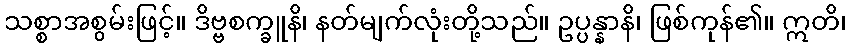
သစ္စာအစွမ်းဖြင့်။ ဒိဗ္ဗစက္ခူနိ၊ နတ်မျက်လုံးတို့သည်။ ဥပ္ပန္နာနိ၊ ဖြစ်ကုန်၏။ ဣတိ၊